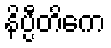
နိပ္ပီတိကေ